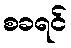
စခရင်